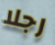
رجلا